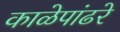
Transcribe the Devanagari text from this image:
काळेपांढरे